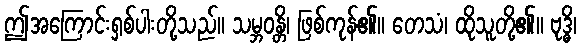
ဤအကြောင်းရှစ်ပါးတို့သည်။ သမ္ဘဝန္တိ၊ ဖြစ်ကုန်၏။ တေသံ၊ ထိုသူတို့၏။ ဗုဒ္ဓိ၊